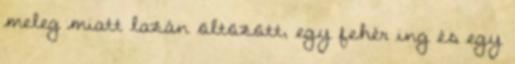
meleg miatt lazán öltözött, egy fehér ing és egy